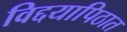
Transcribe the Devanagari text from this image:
विद्दयापिठात